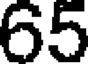
65